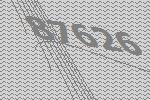
87626